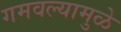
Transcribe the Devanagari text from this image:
गमवल्यामुळे